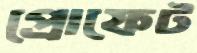
প্রোফেট